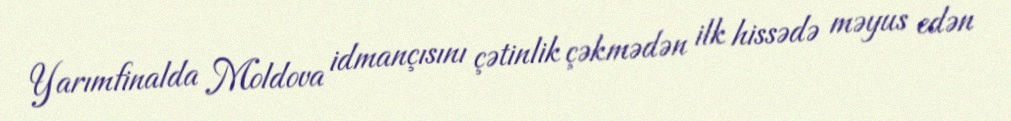
Yarımfinalda Moldova idmançısını çətinlik çəkmədən ilk hissədə məyus edən